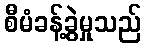
စီမံခန့်ခွဲမှုသည်